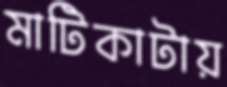
মাটিকাটায়